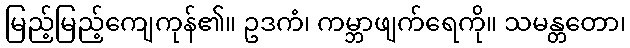
မြည့်မြည့်ကျေကုန်၏။ ဥဒကံ၊ ကမ္ဘာဖျက်ရေကို။ သမန္တတော၊